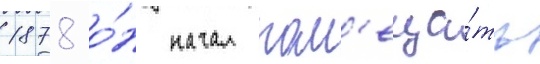
1878 о́н начал пом'еща́ть